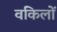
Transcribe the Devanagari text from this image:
वकिलों